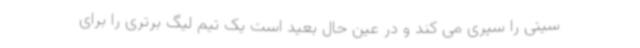
سیتی را سپری می کند و در عین حال بعید است یک تیم لیگ برتری را برای